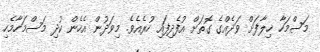
މަސްމަހާ ޚިލާފަށް ވަދެއްގެ ގޮތަށް އުފެދިފައި ހުރެއެވެ. މިވަދުން އެހެން ކުދި މަސްމަހާމެހި